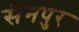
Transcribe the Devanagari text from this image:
सैनपुर